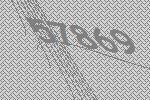
57869